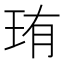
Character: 珛